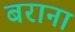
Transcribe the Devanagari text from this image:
बराना